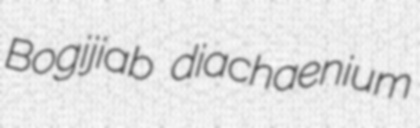
Bogijiab diachaenium